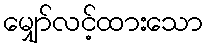
မျှော်လင့်ထားသော